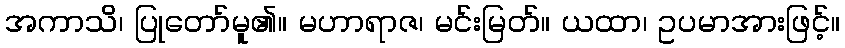
အကာသိ၊ ပြုတော်မူ၏။ မဟာရာဇ၊ မင်းမြတ်။ ယထာ၊ ဥပမာအားဖြင့်။